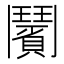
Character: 𩰗